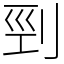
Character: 剄